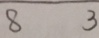
8 3